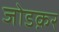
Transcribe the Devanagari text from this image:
जोडक़र